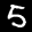
Label: 5